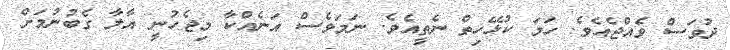
ދުވަސް ވެއްޖެއެވެ. ހަމަ ކުޅޭހިތް ނެތީއެވެ. ނަމަވެސް އަނެއްކާ މިޖެހުނީ އާލާ ގެބުނުމަށް